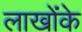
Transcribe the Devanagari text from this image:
लाखोंके